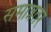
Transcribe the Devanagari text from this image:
समान्नतर